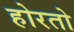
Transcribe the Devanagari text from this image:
होरतो